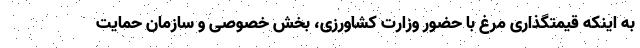
به اینکه قیمتگذاری مرغ با حضور وزارت کشاورزی، بخش خصوصی و سازمان حمایت